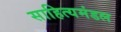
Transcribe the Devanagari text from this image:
साहित्यमंडल